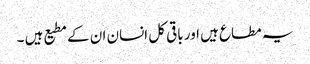
یہ مطاع ہیں اور باقی کل انسان ان کے مطیع ہیں ۔